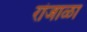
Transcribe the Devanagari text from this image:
रांजाळा